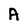
Character: A